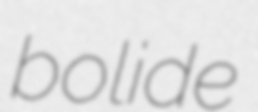
bolide